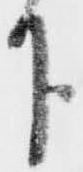
下